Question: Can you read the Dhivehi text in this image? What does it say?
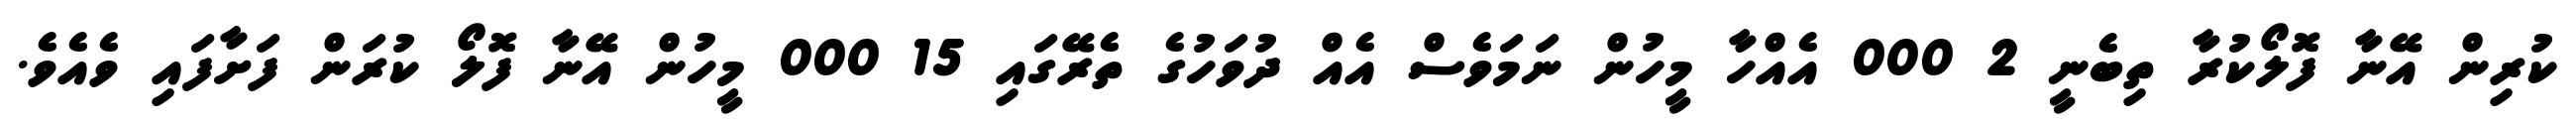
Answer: ކުރިން އޭނާ ފޮލޯކުރާ ތިބެނީ 2 000 އެއްހާ މީހުން ނަމަވެސް އެއް ދުވަހުގެ ތެރޭގައި 15 000 މީހުން އޭނާ ފޮލޯ ކުރަން ފަށާފައި ވެއެވެ.